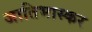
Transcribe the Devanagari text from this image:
जातिभास्कर